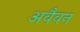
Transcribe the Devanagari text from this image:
अवैवन